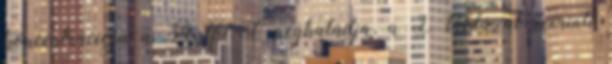
koncentrációja a 34 tf%-ot meghaladja, a 2. táblázat szerinti